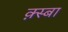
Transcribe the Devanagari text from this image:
क़्स्बा